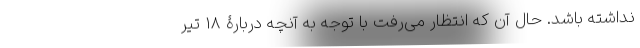
نداشته باشد. حال آن که انتظار می‌رفت با توجه به آنچه دربارۀ 18 تیر